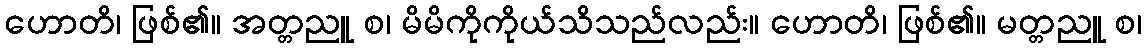
ဟောတိ၊ ဖြစ်၏။ အတ္တညူ စ၊ မိမိကိုကိုယ်သိသည်လည်း။ ဟောတိ၊ ဖြစ်၏။ မတ္တညူ စ၊